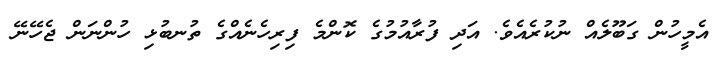
އެމީހުން ގަބޫލެއް ނުކުރެއެވެ. އަދި ފުރާއުމުގެ ކޮންމެ ފިރިހެނެއްގެ ތުނބުޅި ހުންނަން ޖެހޭނޭ